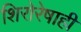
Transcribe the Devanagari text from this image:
शिरोरेषाही